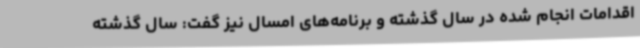
اقدامات انجام شده در سال گذشته و برنامه‌های امسال نیز گفت: سال گذشته